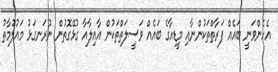
އެހެންވަނީ ބައެއް ފަރާތްތަކުންނާއި މީޑިއާގެ ބައެއް ވަސީލަތްތަކުން އާއިލާއާ ގުޅޭގޮތުން ނުރަނގަޅު މައުލޫމާތު